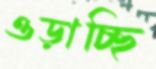
ওড়াচ্ছি